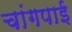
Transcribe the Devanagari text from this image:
चांगपाई